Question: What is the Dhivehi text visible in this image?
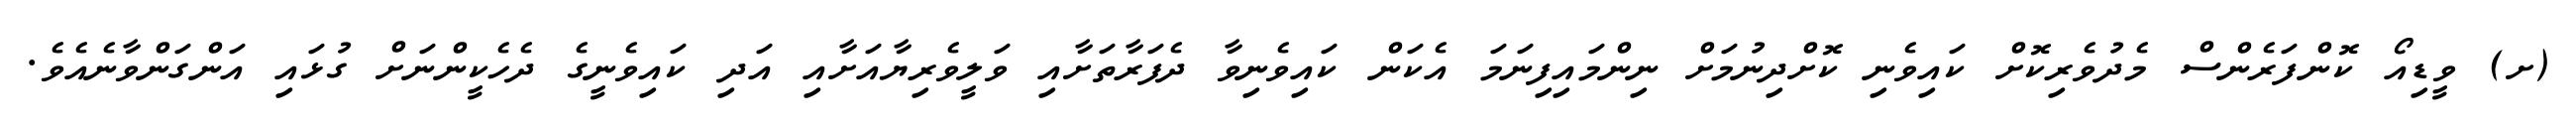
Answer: (ށ) ވީޑިއޯ ކޮންފަރެންސް މެދުވެރިކޮށް ކައިވެނި ކޮށްދިނުމަށް ނިންމައިފިނަމަ އެކަން ކައިވެނިވާ ދެފަރާތަށާއި ވަލީވެރިޔާއަށާއި އަދި ކައިވެނީގެ ދެހެކީންނަށް ގުޅައި އަންގަންވާނެއެވެ.